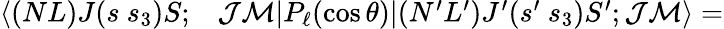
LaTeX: \begin{array}{rl}{\langle(NL)J(s~s_{3})S;}&{{}\mathcal{J}\mathcal{M}|P_{\ell}(\cos\theta)|(N^{\prime}L^{\prime})J^{\prime}(s^{\prime}~s_{3})S^{\prime};\mathcal{J}\mathcal{M}\rangle=}\end{array}